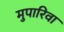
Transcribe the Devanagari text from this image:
मुपारिवा